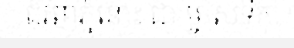
ជុំវិញភ្នំនោះ ជា ម្ចាស់ទឹក